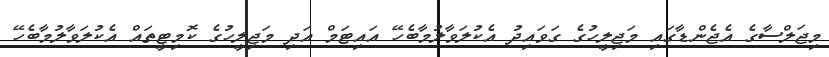
މިޖަލްސާގެ އެޖެންޑާގައި މަޖިލީހުގެ ގަވައިދު އެކުލަވާލުމާބެހޭ އައިޓަމް އަދި މަޖިލީހުގެ ކޮމިޓީތައް އެކުލަވާލުމާބެހޭ